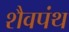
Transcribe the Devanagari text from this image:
शैवपंथ